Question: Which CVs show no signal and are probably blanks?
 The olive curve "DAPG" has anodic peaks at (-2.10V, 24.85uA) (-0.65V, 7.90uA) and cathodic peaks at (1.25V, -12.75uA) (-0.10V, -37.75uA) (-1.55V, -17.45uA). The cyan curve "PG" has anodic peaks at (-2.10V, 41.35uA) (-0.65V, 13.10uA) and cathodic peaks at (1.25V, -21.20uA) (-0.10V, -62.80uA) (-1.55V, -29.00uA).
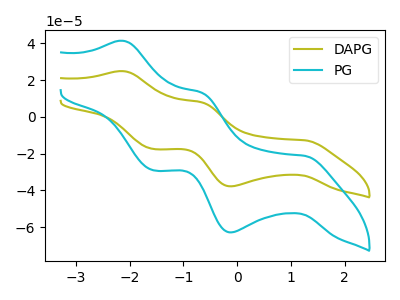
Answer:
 <answer>There are not any CV's on this graph that are likely to be blanks.</answer>
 <eval>none</eval>